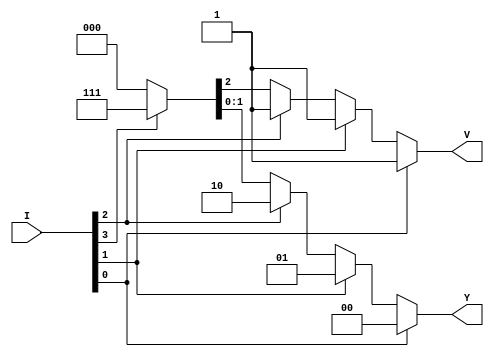
/**************************************************
P1.1 4X2 PRIORITY ENCODER BEHAVIORAL
************************************************/

module encode_4_2_priority_bh(Y,V,I);

	input [3:0]I;
	output reg [1:0]Y;
	output reg V;

	always@(*) begin
		if(I[0]) {V,Y}=3'b100;
		else if(I[1]) {V,Y}=3'b101;
		else if(I[2]) {V,Y}=3'b110;
		else if(I[3]) {V,Y}=3'b111;
		else {V,Y}=3'b000;
	end

endmodule